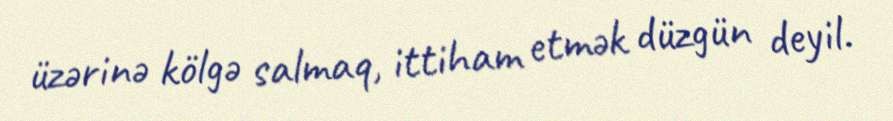
üzərinə kölgə salmaq, ittiham etmək düzgün deyil.